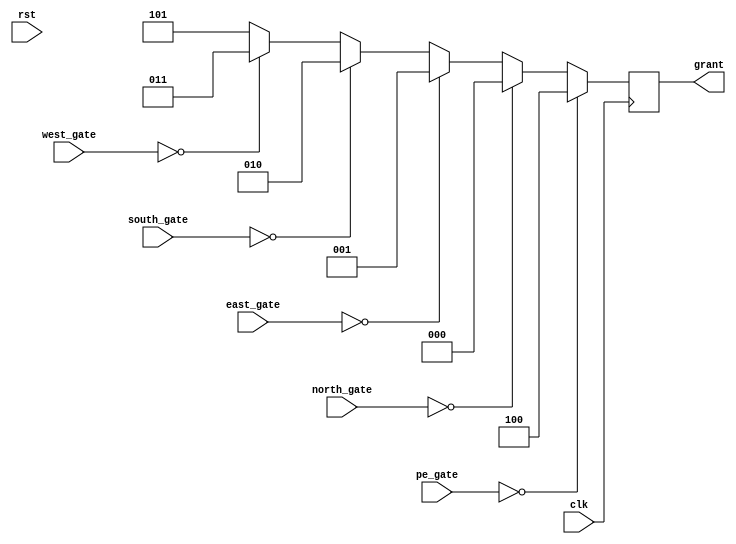
`timescale 1ns / 1ps
module arb_fixed #(parameter port=3'd0)(clk,rst, pe_gate, north_gate, south_gate, east_gate, west_gate, grant);
input clk, rst;
input [2:0] pe_gate, north_gate, south_gate, east_gate, west_gate;
output reg [2:0] grant;

always @(posedge clk) begin
   /* if(rst) 
        grant <= 3'd5;
    else*/
    if(pe_gate == port)
        grant <= 3'd4;
    else if(north_gate == port)
        grant <= 3'd0;
    else if(east_gate == port)
        grant <= 3'd1;
    else if(south_gate == port)
        grant <= 3'd2;
    else if(west_gate == port)
        grant <= 3'd3;
    else 
         grant <= 3'd5;

end 
endmodule